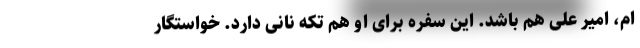
ام، امیر علی هم باشد. این سفره برای او هم تکه نانی دارد. خواستگار